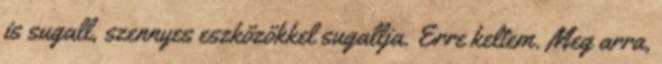
is sugall, szennyes eszközökkel sugallja. Erre keltem. Meg arra,